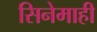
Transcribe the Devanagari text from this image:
सिनेमाही